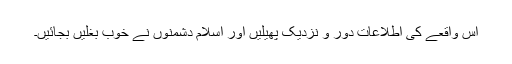
اس واقعے کی اطلاعات دور و نزدیک پھیلیں اور اسلام دشمنوں نے خوب بغلیں بجائیں۔